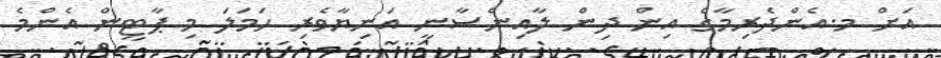
އަށް މ.އެންދެރިމާގެ އިން ދިން ލާއިންސާނީ އަނިޔާވެރި ހަމަލަ މި ޕާޓީން އެންމެ